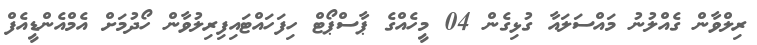
ރިލްވާން ގެއްލުނު މައްސަލައާ ގުޅިގެން 04 މީހެއްގެ ޕާސްޕޯޓް ހިފަހައްޓައިފިރިލުވާން ހޯދުމަށް އެމްއެންޑީއެފް